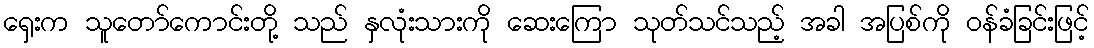
ရှေးက သူတော်ကောင်းတို့ သည် နှလုံးသားကို ဆေးကြော သုတ်သင်သည့် အခါ အပြစ်ကို ဝန်ခံခြင်းဖြင့်